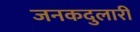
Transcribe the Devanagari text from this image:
जनकदुलारी